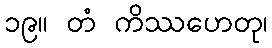
၁၉။ တံ ကိဿဟေတု၊